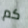
كم